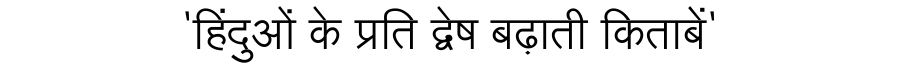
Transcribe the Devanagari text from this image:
'हिंदुओं के प्रति द्वेष बढ़ाती किताबें'